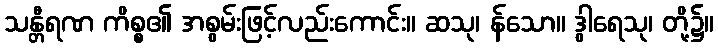
သန္တီရဏ ကိစ္စ၏ အစွမ်းဖြင့်လည်းကောင်း။ ဆသု၊ န်သော။ ဒွါရေသု၊ တို့၌။